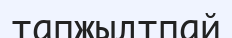
тапжылтпай